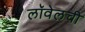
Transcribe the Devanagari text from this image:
लॉवेलची